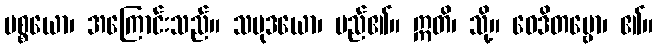
ပစ္စယော၊ အကြောင်းသည်။ သမုဒယော၊ မည်၏။ ဣတိ၊ သို့။ ဝေဒိတဗ္ဗော၊ ၏။